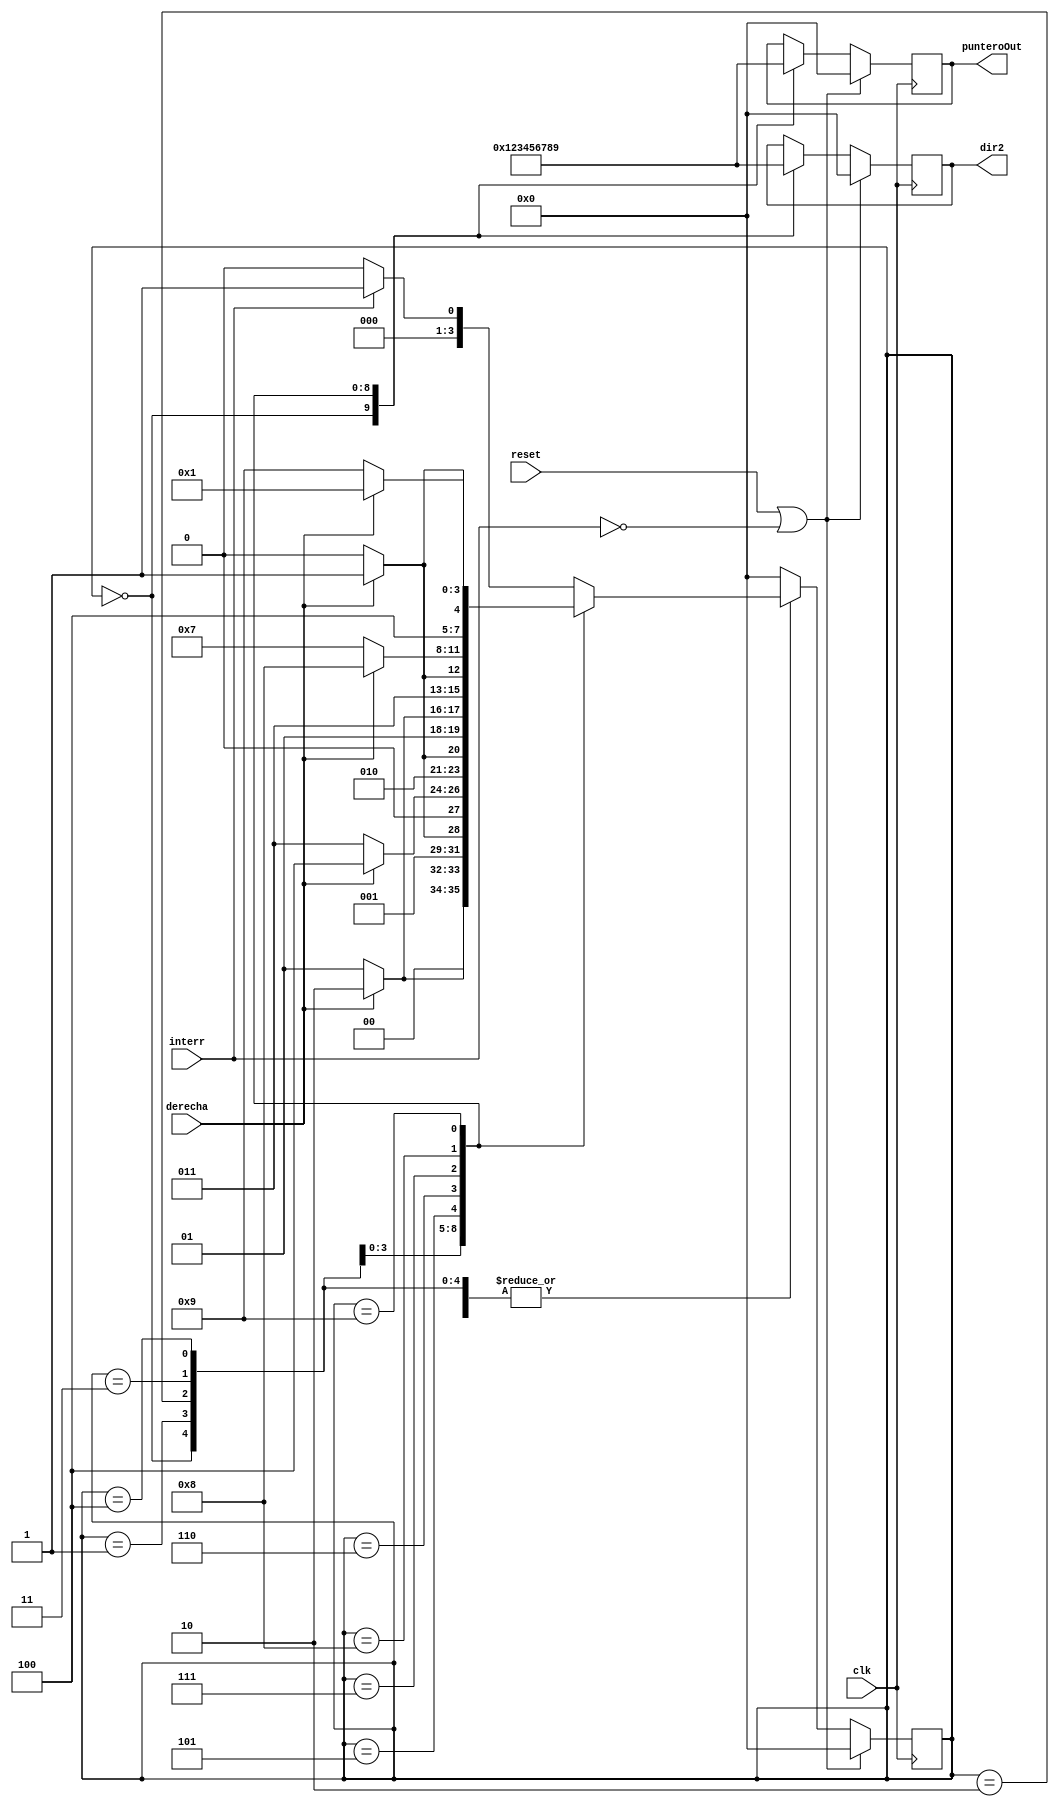
`timescale 1ns / 1ps
//////////////////////////////////////////////////////////////////////////////////
// Company: 
// Engineer: 
// 
// Design Name: 
// Module Name:    punteros 
// Project Name: 
// Target Devices: 
// Tool versions: 
// Description: 
//
// Dependencies: 
//
// Revision: 
// Revision 0.01 - File Created
// Additional Comments: 
//
//////////////////////////////////////////////////////////////////////////////////
module punteros(interr,derecha,clk,reset,dir2,punteroOut);
input interr;
input clk;
input reset;
input derecha;
output [3:0] dir2;
output [3:0] punteroOut;
//reg [7:0] dir1;
reg [3:0] dir2;
reg [3:0] punteroOut;
reg [3:0] state;
reg [3:0] next_state;

parameter [3:0] inicio = 4'b0000;
parameter [3:0] clk_segundos = 4'b0001;
parameter [3:0] clk_minutos = 4'b0010;
parameter [3:0] clk_horas = 4'b0011;
parameter [3:0] dia = 4'b0100;
parameter [3:0] mes = 4'b0101;
parameter [3:0] year = 4'b0110;
parameter [3:0] timer_segundos = 4'b0111;
parameter [3:0] timer_minutos = 4'b1000;
parameter [3:0] timer_horas = 4'b1001;

always @(state or derecha or interr)
begin
 next_state = 0;
 case (state)
   inicio:begin
          if (interr == 1'b1)
			  next_state = clk_segundos;
			 else
			  next_state = inicio;
   end
	clk_segundos:begin
          if (derecha == 1'b1)
			  next_state = clk_minutos;
			 else
			  next_state = clk_segundos;
   end
	clk_minutos:begin
          if (derecha == 1'b1)
			  next_state = clk_horas;
			 else
			  next_state = clk_minutos;
   end
	clk_horas:begin
          if (derecha == 1'b1)
			  next_state = dia;
			 else
			  next_state = clk_horas;
   end
	dia:begin
          if (derecha == 1'b1)
			  next_state = mes;
			 else
			  next_state = dia;
   end
	mes:begin
          if (derecha == 1'b1)
			  next_state = year;
			 else
			  next_state = mes;
   end
	year:begin
          if (derecha == 1'b1)
			  next_state = timer_segundos;
			 else
			  next_state = year;
   end
	timer_segundos:begin
          if (derecha == 1'b1)
			  next_state = timer_minutos;
			 else
			  next_state = timer_segundos;
   end
	timer_minutos:begin
          if (derecha == 1'b1)
			  next_state = timer_horas;
			 else
			  next_state = timer_minutos;
   end
	timer_horas:begin
          if (derecha == 1'b1)
			  next_state = clk_segundos;
			 else
			  next_state = timer_horas;
   end
	default:begin
	       next_state = inicio;
	end
	endcase

end

always @(posedge clk)
begin
 if (reset || ~interr)
 begin
  dir2 <= 0;
  punteroOut <= 0;
  state<=inicio;
 end
 else
 begin
  state <= next_state;
  case (state)
   inicio:begin
         // dir1 <= 8'd33;
			 dir2 <= 4'b0000;
			 punteroOut <= 4'b0000;
   end
	clk_segundos:begin
          //dir1 <= 8'd34;
			 dir2 <= 4'b0001;
			 punteroOut <= 4'b0001;
   end
	clk_minutos:begin
          //dir1 <= 8'd35;
			 dir2 <= 4'b0010;
			 punteroOut <= 4'b0010;
   end
	clk_horas:begin
          //dir1 <= 8'd36;
			 dir2 <= 4'b0011;
			 punteroOut <= 4'b0011;
   end
	dia:begin
          //dir1 <= 8'd37;
			 dir2 <= 4'b0100;
			 punteroOut <= 4'b0100;
   end
	mes:begin
          //dir1 <= 8'd38;
			 dir2 <= 4'd5;
			 punteroOut <= 4'd5;
   end
	year:begin
          //dir1 <= 8'd39;
			 dir2 <= 4'd6;
			 punteroOut <= 4'd6;
   end
	timer_segundos:begin
          //dir1 <= 8'h41;
			 dir2 <= 4'd7;
			 punteroOut <= 4'd7;
   end
	timer_minutos:begin
          //dir1 <= 8'h42;
			 dir2 <= 4'd8;
			 punteroOut <= 4'd8;
   end
	timer_horas:begin
          //dir1 <= 8'd43;
			 dir2 <= 4'd9;
			 punteroOut <= 4'd9;
   end
	default:begin
	       state <= inicio;
	end
	endcase
 end
end

endmodule